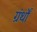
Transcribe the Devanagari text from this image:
ग्रंर्थों